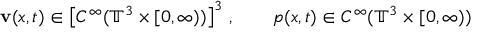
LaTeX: \mathbf { v } ( x , t ) \in \left[ C ^ { \infty } ( \mathbb { T } ^ { 3 } \times [ 0 , \infty ) ) \right] ^ { 3 } \, , \qquad p ( x , t ) \in C ^ { \infty } ( \mathbb { T } ^ { 3 } \times [ 0 , \infty ) )